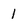
Character: 1